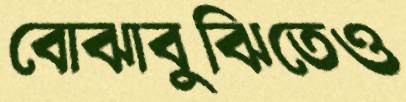
বোঝাবুঝিতেও